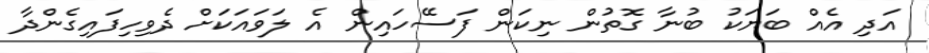
އަދި އެއް ބަޔަކު ބުނާ ގޮތުން ނިކަން ފަސޭހައިން އެ ލަވައަކަށް ދެވިހިފައިގެންދާ